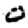
Digit: 0